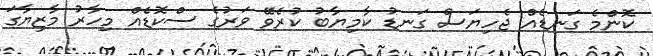
ކޮންމެ ގަނޑެއް ޖެހިޔަސް ގަނޑު ކާމިޔާބު ކުރެވޭ ވަރުގެ ސްކޮޑެއް މިހާރު މާޒިޔާގަ